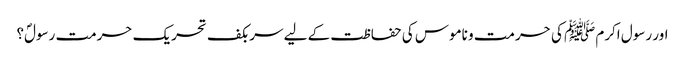
اور رسول اکرم ﷺ کی حرمت و ناموس کی حفاظت کے لیے سربکف تحریک حرمت رسولؐ؟